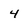
Character: 4